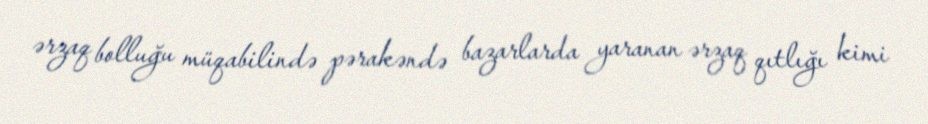
ərzaq bolluğu müqabilində pərakəndə bazarlarda yaranan ərzaq qıtlığı kimi